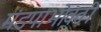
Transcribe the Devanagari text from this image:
मंडपाभोवती